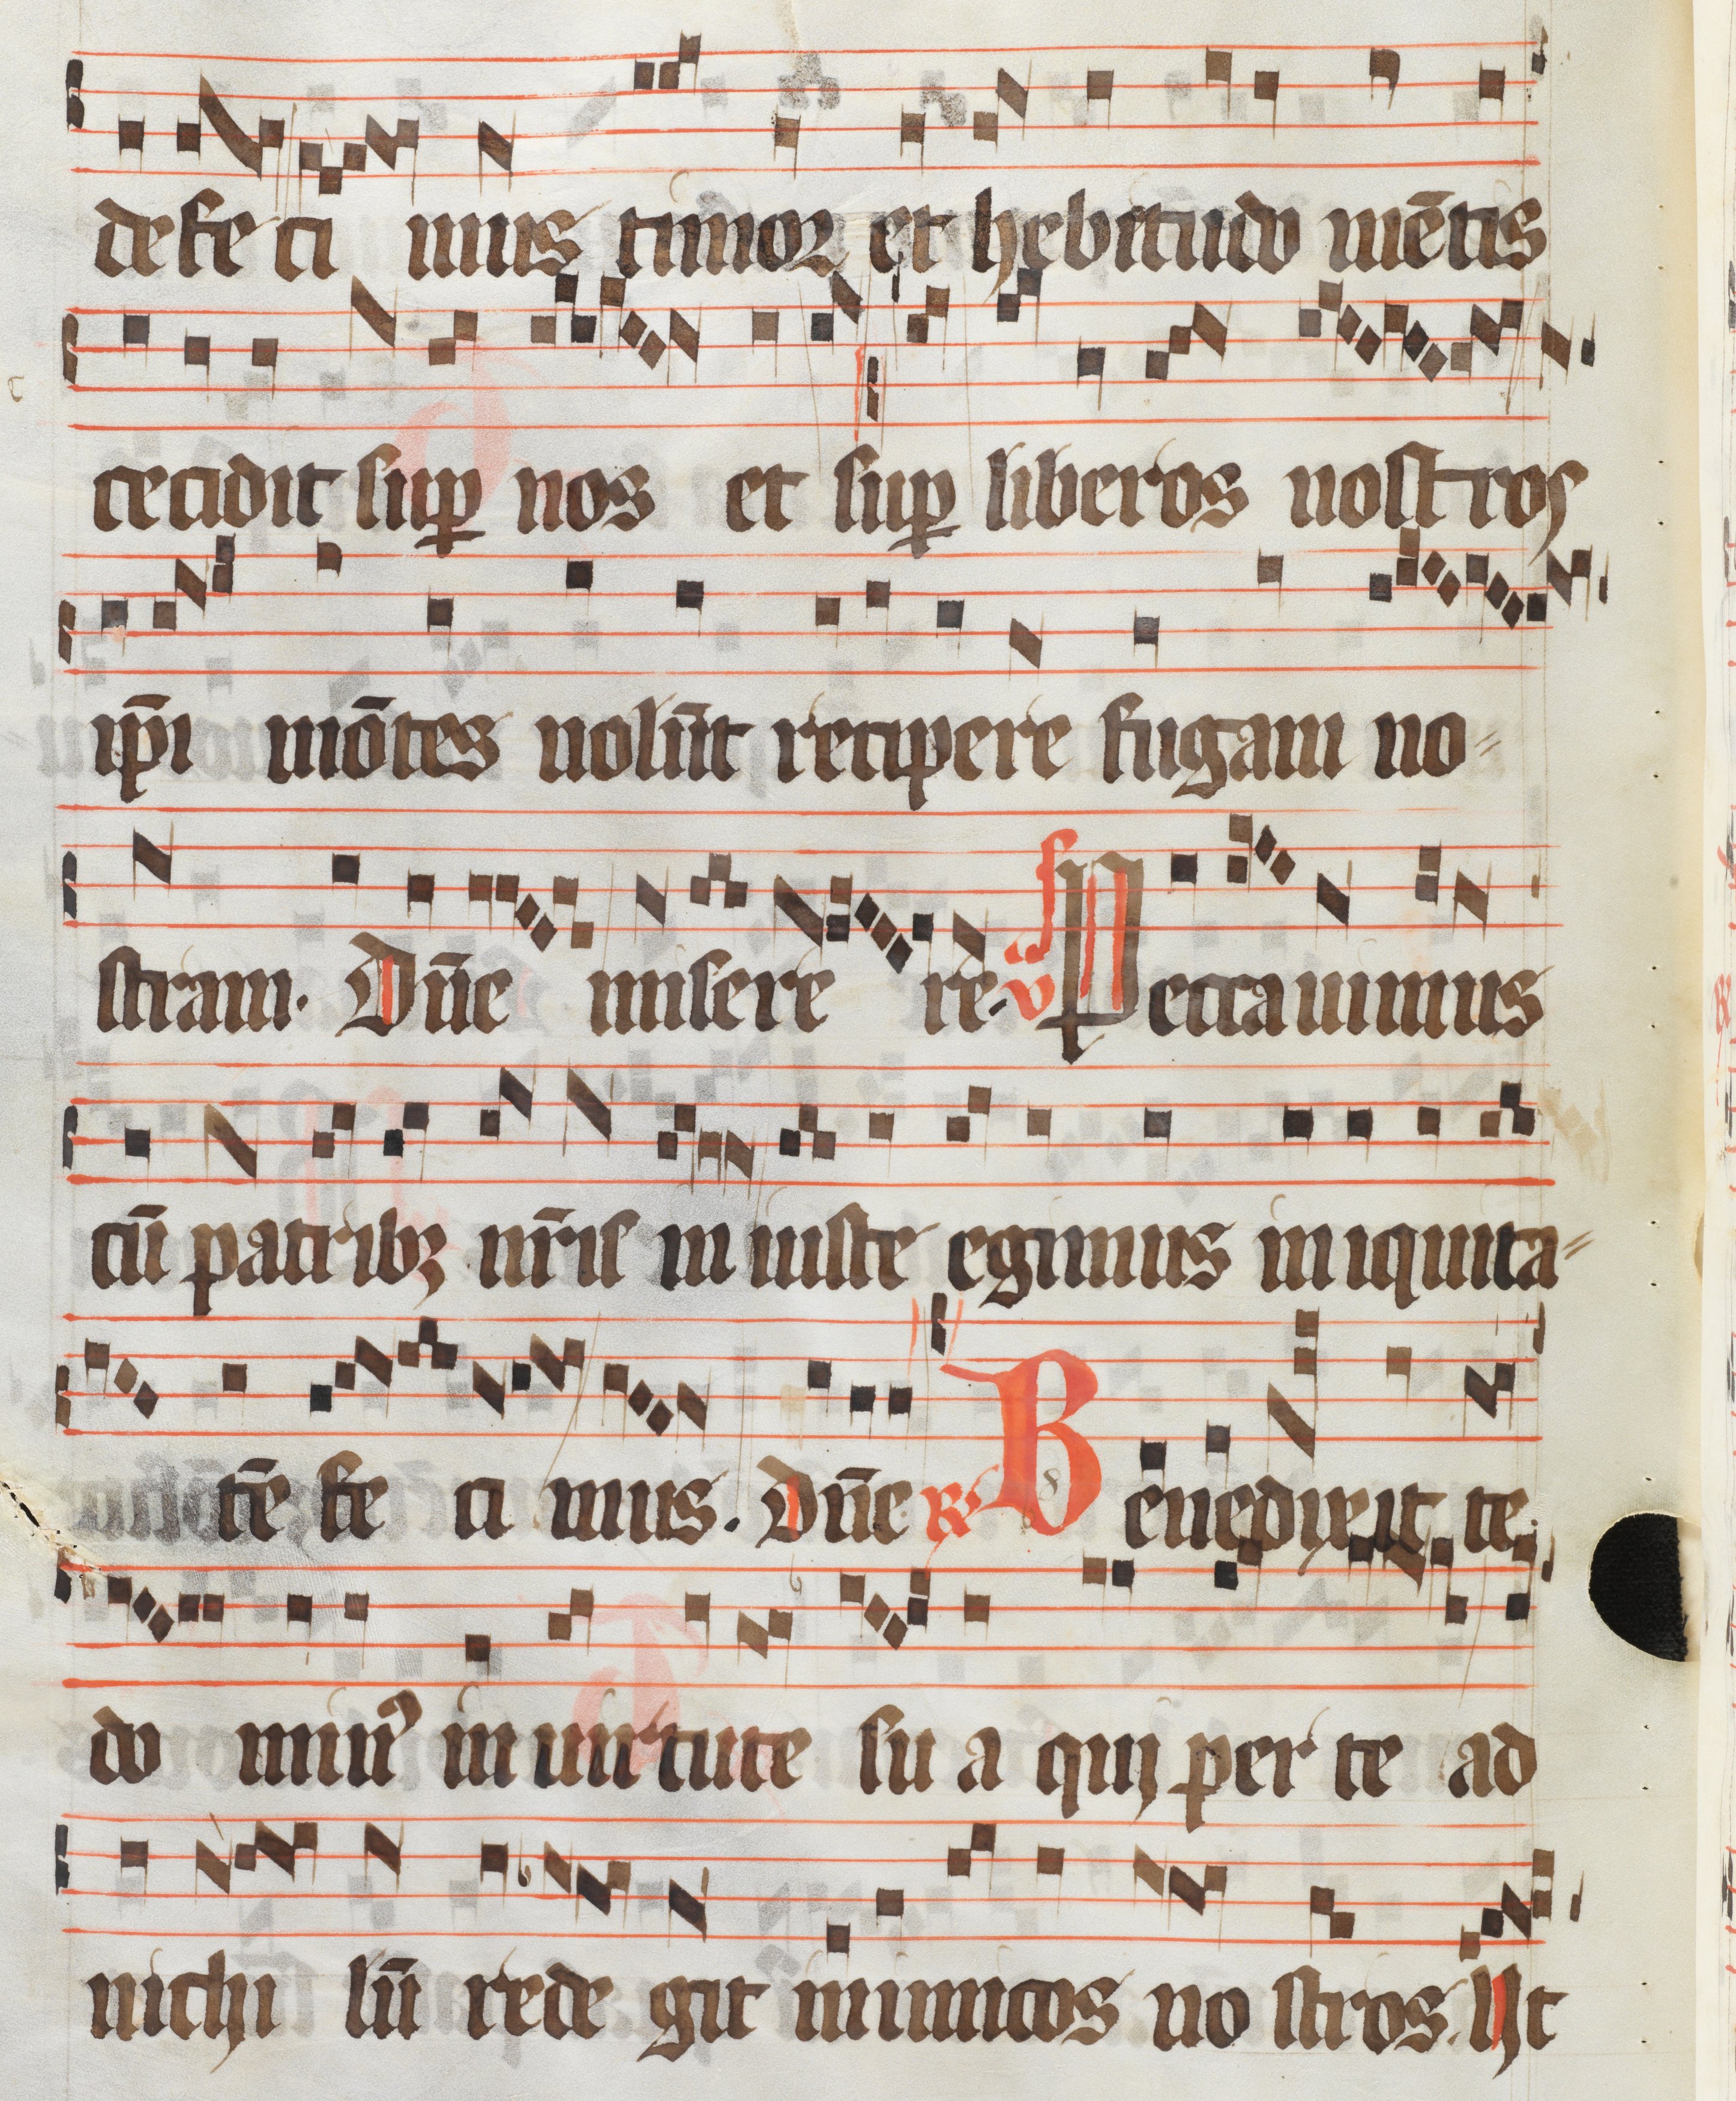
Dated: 1300–1399